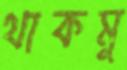
থাকমু